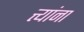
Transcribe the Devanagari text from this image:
त्त्यांना